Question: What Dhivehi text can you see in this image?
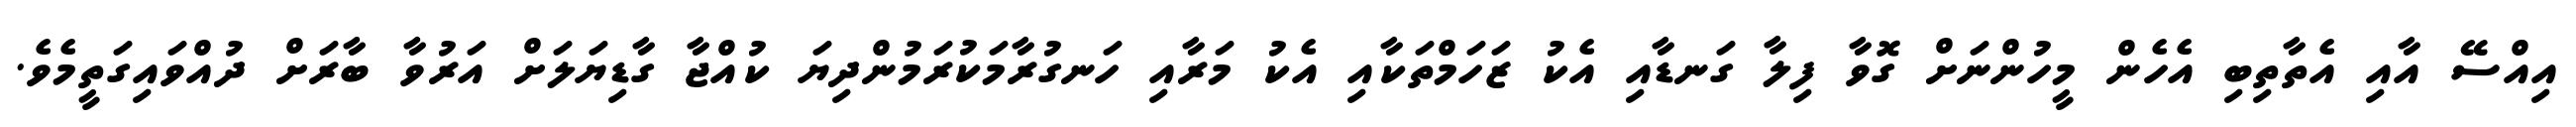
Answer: އިއްސޭ އާއި އެތާތިބި އެހެން މީހުންނަށް ގޮވާ ފިލާ ގަނޑާއި އެކު ޒަހަމްތަކާއި އެކު މަރާއި ހަނގުރާމަކުރަމުންދިޔަ ކުއްޖާ ގާޑިޔަލަށް އަރުވާ ބާރަށް ދުއްވައިގަތީމެވެ.